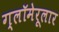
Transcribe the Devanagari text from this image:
ग्लॉमेरूलार